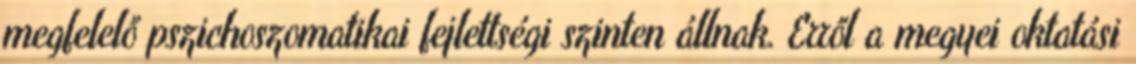
megfelelő pszichoszomatikai fejlettségi szinten állnak. Erről a megyei oktatási